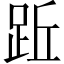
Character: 䟬